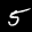
Label: 5